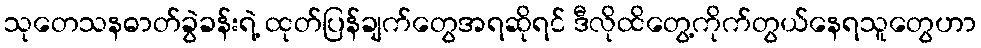
သုတေသနဓာတ်ခွဲခန်းရဲ့ ထုတ်ပြန်ချက်တွေအရဆိုရင် ဒီလိုထိတွေ့ကိုက်တွယ်နေရသူတွေဟာ